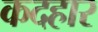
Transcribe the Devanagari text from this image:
कदहार